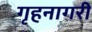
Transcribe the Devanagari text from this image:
गृहनागरी